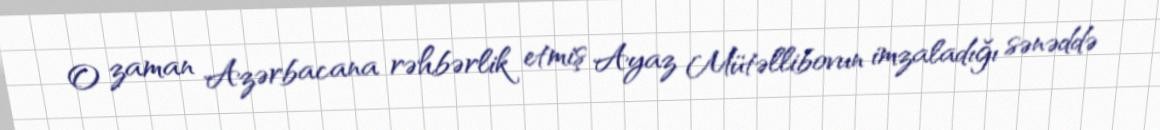
O zaman Azərbacana rəhbərlik etmiş Ayaz Mütəllibovun imzaladığı sənəddə